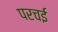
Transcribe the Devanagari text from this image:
परचई